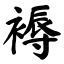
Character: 褥